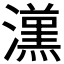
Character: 𱩭